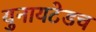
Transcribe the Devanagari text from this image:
युनायटेडच